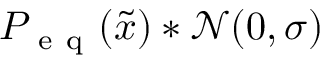
P _ { \mathrm { ~ e ~ q ~ } } ( \tilde { x } ) * \mathcal { N } ( 0 , \sigma )